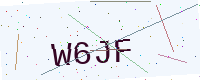
Text: W6JF